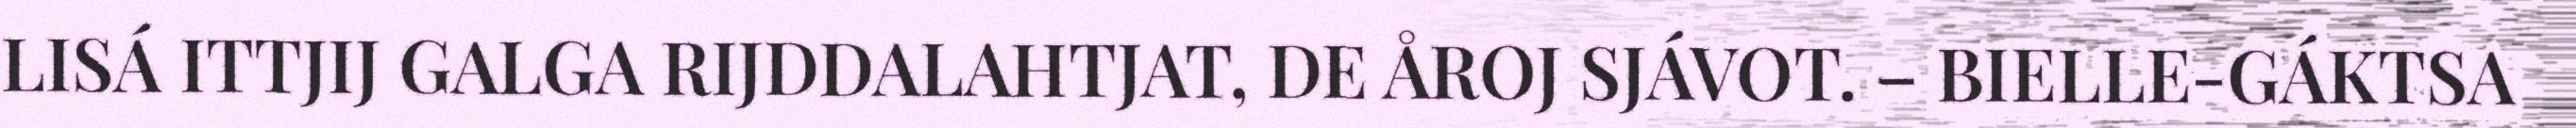
LISÁ ITTJIJ GALGA RIJDDALAHTJAT, DE ÅROJ SJÁVOT. – BIELLE-GÁKTSA